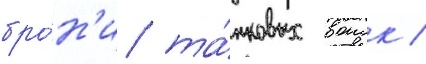
бро́н'и та́нковых воиск /